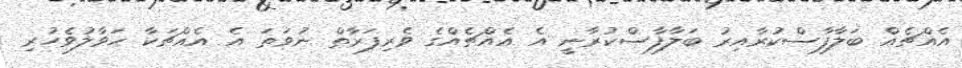
އެއްޗެއް ބަލާފާސްކުރާއިރު ބަލާފާސްކުރާނީ އެ އެއްޗެއްގެ ވެރިފަރާތް ނުވަތަ އެ އެއްޗަކާ ހަވާލުވެހުރި